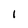
Character: 1